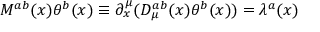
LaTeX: M ^ { a b } ( x ) \theta ^ { b } ( x ) \equiv \partial _ { x } ^ { \mu } ( { \cal D } _ { \mu } ^ { a b } ( x ) \theta ^ { b } ( x ) ) = \lambda ^ { a } ( x )